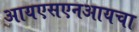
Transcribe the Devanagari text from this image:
आयएसएनआयचा